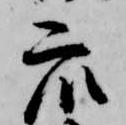
衆